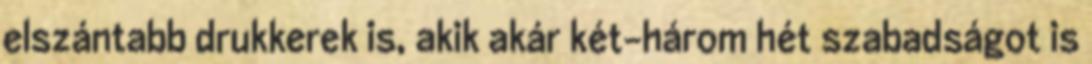
elszántabb drukkerek is, akik akár két-három hét szabadságot is